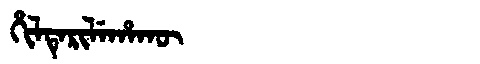
Manchu: ᡥᡳᠯᡨᡝᡵᡳᠯᡝᡥᠠᡴᡡ
Romanization: HILTERILEHAKŪ